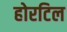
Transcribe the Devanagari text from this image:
होरटिल